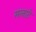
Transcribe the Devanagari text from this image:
मलाटे